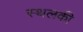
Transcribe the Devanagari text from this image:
स्‍थलकी